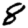
Digit: 8